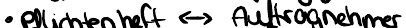
Pflichtenheft <-> Auftragnehmer